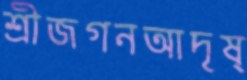
শ্রীজগনআদৃষ্